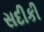
સદીકી